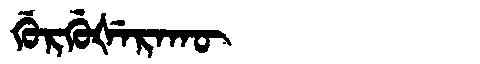
Manchu: ᡤᡠᡵᡤᡠᡧᡝᡵᠠᡴᡡ
Romanization: GURGUŠERAKŪ